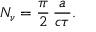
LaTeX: N _ { \nu } = { \frac { \pi } { 2 } } \, { \frac { a } { c \tau } } .